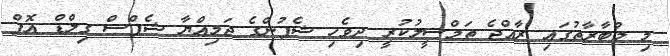
މި މުބާރާތުގައި ރާއްޖެ ތަމްސީލުކުރީ ދިވެހި ޝެފުންގެ ޖަމިއްޔާ ޝެފްސް ގިލްޑް އޮފް